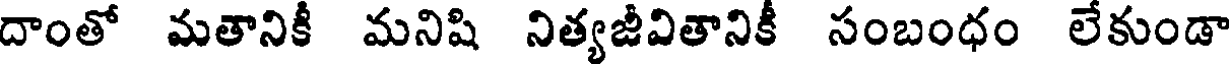
దాంతో మతానికీ మనిషి నిత్యజీవితానికీ సంబంధం లేకుండా